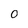
Character: O